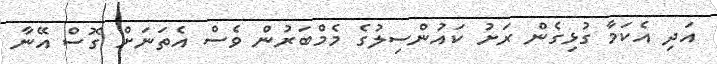
އަދި އެކަމާ ގުޅިގެން ރަށު ކައުންސިލުގެ މެމްބަރުން ވެސް އެތަނަށް ގޮސް އޭނާ